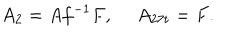
LaTeX: A _ { 2 } = A f ^ { - 1 } F , \ A _ { 2 7 t } = F .